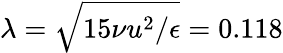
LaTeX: \lambda=\sqrt{15\nu u^{2}/\epsilon}=0.118